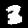
Digit: 3